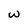
Character: w